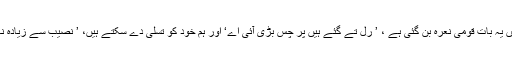
عمران خان کی حکومت میں یہ بات قومی نعرہ بن گئی ہے ، ’ رُل تے گئے ہیں پر چس بڑی آئی اے‘ اور ہم خود کو تسلی دے سکتے ہیں، ’ نصیب سے زیادہ نہیں ، وقت سے پہلے نہیں‘۔